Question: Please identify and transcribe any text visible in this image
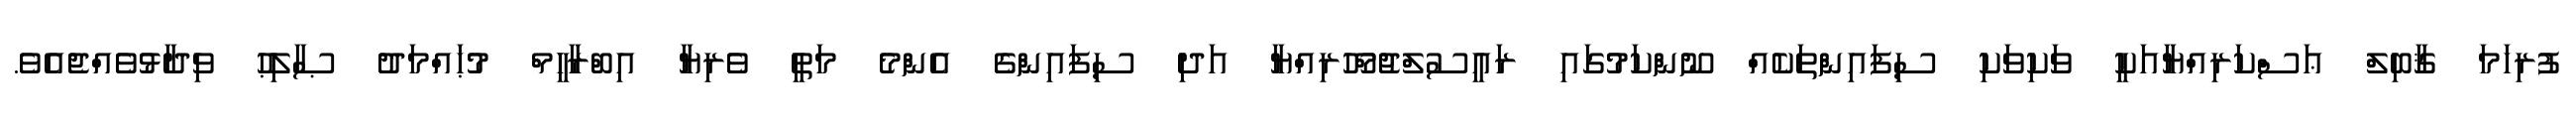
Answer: ފުރިހަމަ ޤާބިލް ޢަސްކަރިއްޔާއަކީ ވަކިވަކި ސިފައިންތަކެއް ނޫންކަމުގައި ރައީސުލްޖުމްހޫރިއްޔާ އަދި ސިފައިންގެ އެންމެ މަތީ ވެރިޔާ އިބްރާހީމް މުޙައްމަދު ޞާލިޙު ވިދާޅުވެއްޖެއެވެ.